Report on vaccination in Madras 1877-1894 - 1877-1894
Year: 1877
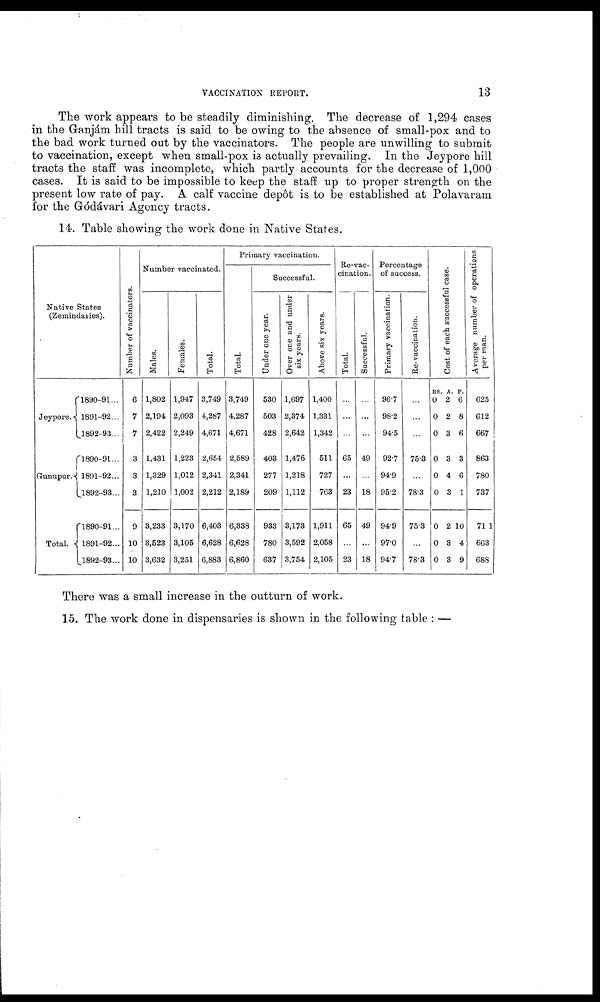
VACCINATION REPORT.
13
The work appears to be steadily diminishing. The decrease of 1,294 cases
in the Ganjám hill tracts is said to be owing to the absence of small-pox and to
the bad work turned out by the vaccinators. The people are unwilling to submit
to vaccination, except when small-pox is actually prevailing. In the Jeypore hill
tracts the staff was incomplete, which partly accounts for the decrease of 1,000
cases. It is said to be impossible to keep the staff up to proper strength on the
present low rate of pay. A calf vaccine depôt is to be established at Polavaram
for the Gódávari Agency tracts.
14. Table showing the work done in Native States.
Native States
(Zemindaries).
Jeypore.
Gunupur.
Total.
1890-91...
1891-92...
1892-93...
1890-91...
1891-92...
1892-93...
1890-91...
1891-92...
1892-93...
Number of vaccinators.
6
7
7
3
3
3
9
10
10
Number vaccinated.
Males.
1,802
2,194
2,422
1,431
1,329
1,210
3,233
3,523
3,632
Females.
1,947
2,093
2,249
1,223
1,012
1,002
3,170
3,105
3,251
Total.
3,749
4,287
4,671
2,654
2,341
2,212
6,403
6,628
6,883
Primary vaccination.
Total.
3,749
4,287
4,671
2,589
2,341
2,189
6,338
6,628
6,860
Successful.
Under one year.
530
503
428
403
277
209
933
780
637
Over one and under
six years.
1,697
2,374
2,642
1,476
1,218
1,112
8,173
3,592
3,754
Above six years.
1,400
1,331
1,342
511
727
763
1,911
2,058
2,105
Re-vac-
cination.
Total.
...
...
...
65
...
23
65
...
23
Successful.
...
...
...
49
...
18
49
...
18
Percentage
of success.
Primary vaccination.
96.7
98.2
94.5
92.7
94.9
95.2
94.9
97.0
94.7
Re-vaccination.
...
...
...
75.3
...
78.3
75.3
...
78.3
Cost of each successful case.
RS.
0
0
0
0
0
0
0
0
0
A.
2
2
3
3
4
3
2
3
3
P.
6
8
6
3
6
1
10
4
9
Average number of operations
per man.
625
612
667
863
780
737
711
663
688
There was a small increase in the outturn of work.
15. The work done in dispensaries is shown in the following table : —